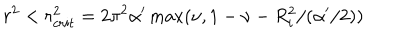
r ^ { 2 } < r _ { c r i t } ^ { 2 } = 2 \pi ^ { 2 } \alpha ^ { \prime } \max ( \nu , 1 - \nu - R _ { i } ^ { 2 } / ( \alpha ^ { \prime } / 2 ) )